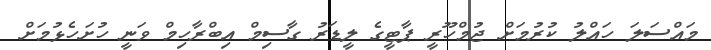
މައްސަލަ ހައްލު ކުރުމަށް ޖުމްހޫރީ ޕާޓީގެ ލީޑަރު ގާސިމް އިބްރާހިމް ވަނީ ހުށަހެޅުމަށް